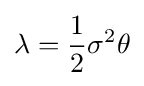
\lambda ={\frac {1}{2}}\sigma ^{2}\theta